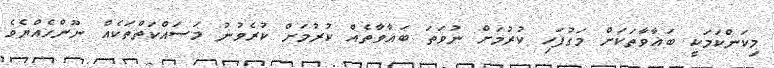
މިކަންކަމަކީ ބަޣާވާތަކަށް މަގުފަހި ކުރުމަށް ނުވަތަ ބަޣާވާތެއް ކުރުމަށް ކުރެވުނު މަސައްކަތްތަކެއް ނޫންހެއްޔެވެ